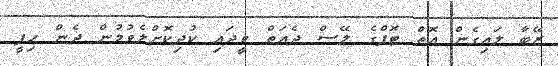
ޒޭބާ ލައިގެން އޮތް ޓޮޕްގެ ލޭސް ދެއަތް ވީދައި ކުދިކޮށްލެވުމުން ދެން ހިފީ